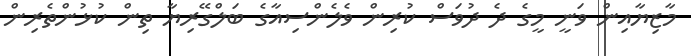
މާޒިޔާއިން ވަނީ މީގެ ދެ ދުވަސް ކުރިން ވެލެންސިއާގެ ބަލްގޭރިޔާ ތިން ކުޅުންތެރިން